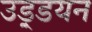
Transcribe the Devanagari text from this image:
उड़्डयन